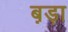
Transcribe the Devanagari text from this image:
ब़ड़ा